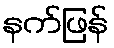
နက်ဖြန်